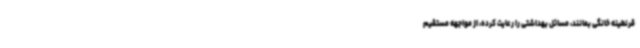
قرنطینه خانگی بمانند، مسائل بهداشتی را رعایت کرده، از مواجهه مستقیم